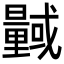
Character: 𭨎